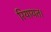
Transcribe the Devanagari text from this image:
रियायत।